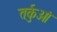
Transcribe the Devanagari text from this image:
तर्कुओं